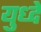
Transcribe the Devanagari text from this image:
युध्दे